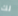
لك